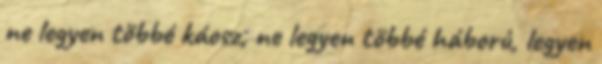
ne legyen többé káosz, ne legyen többé háború, legyen